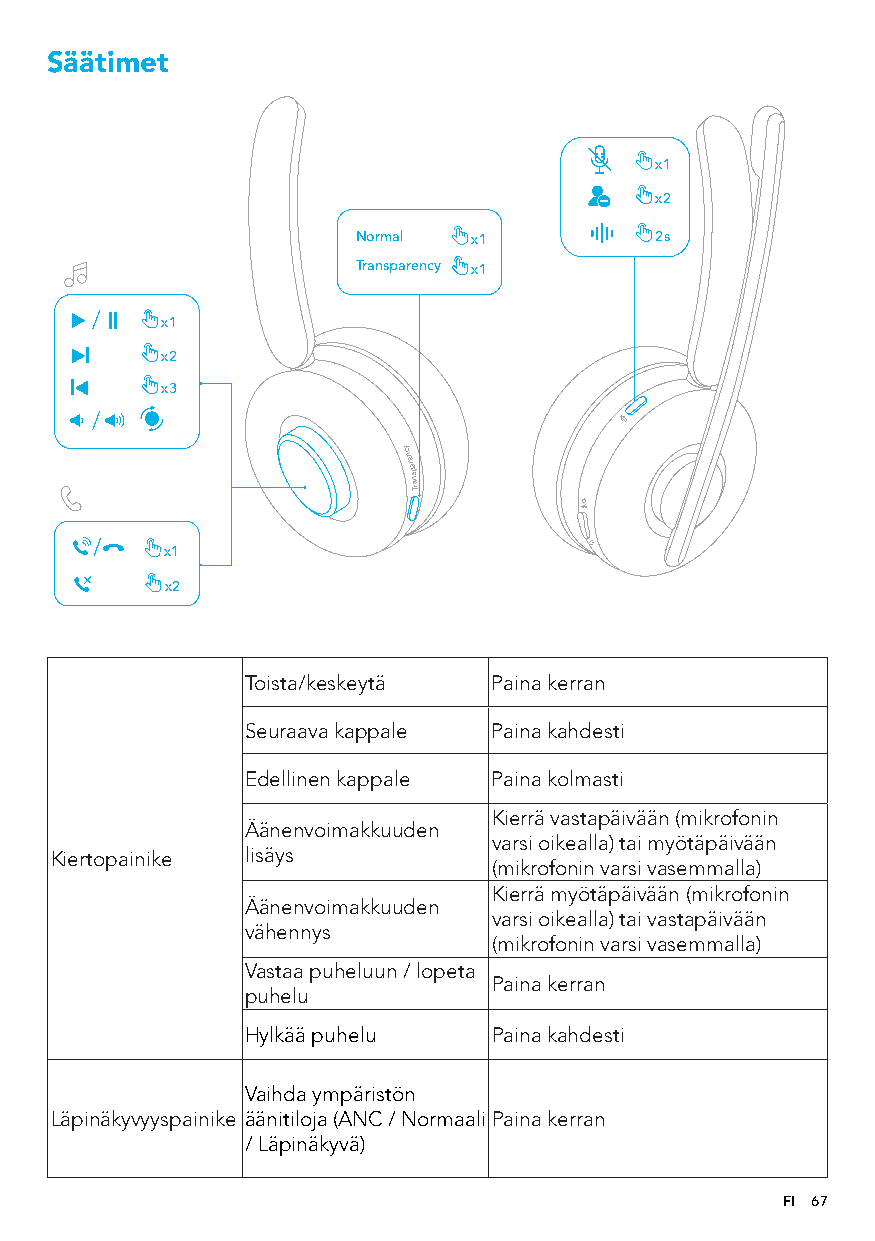
Säätimet
 x1
 x2
 Normal x1          2s
 Transparency x1
 x1
 x2
 x3
 x x1
 2
 ycnerapsnarT
 Toista/keskeytä  Paina kerran
 Seuraava kappale Paina kahdesti
 Edellinen kappale Paina kolmasti
 Kierrä vastapäivään (mikrofonin
 Äänenvoimakkuuden
 varsi oikealla) tai myötäpäivään
 Kiertopainike lisäys
 (mikrofonin varsi vasemmalla)
 Kierrä myötäpäivään (mikrofonin
 Äänenvoimakkuuden
 varsi oikealla) tai vastapäivään
 vähennys
 (mikrofonin varsi vasemmalla)
 Vastaa puheluun / lopeta
 Paina kerran
 puhelu
 Hylkää puhelu    Paina kahdesti
 Vaihda ympäristön
 Läpinäkyvyyspainike äänitiloja (ANC / Normaali Paina kerran
 / Läpinäkyvä)
 FI 67